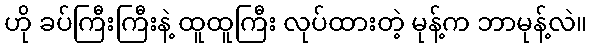
ဟို ခပ်ကြီးကြီးနဲ့ ထူထူကြီး လုပ်ထားတဲ့ မုန့်က ဘာမုန့်လဲ။